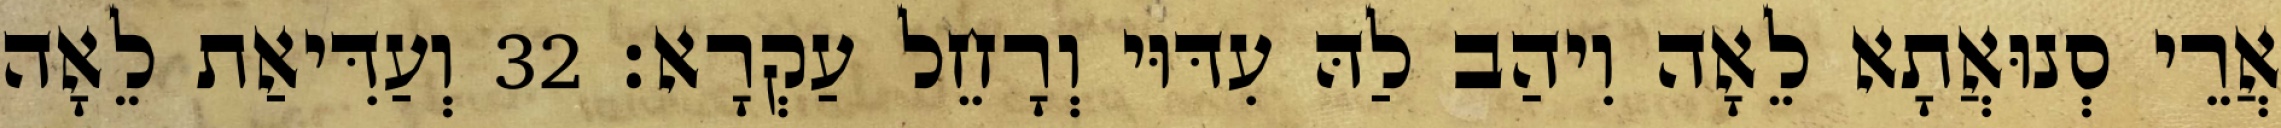
אֲרֵי סְנוּאֲתָא לֵאָה וִיהַב לַהּ עִדּוּי וְרָחֵל עַקְרָא׃ 32 וְעַדִּיאַת לֵאָה